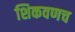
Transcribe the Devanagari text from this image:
शिकवणच